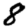
Digit: 8